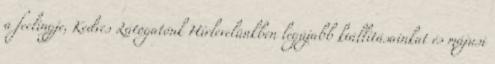
a feelingje, Kedves Látogatónk Hírlevelünkben legújabb kiállításainkat és májusi